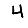
Digit: 4